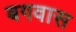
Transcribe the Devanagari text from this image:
बगवास